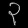
Digit: ၃